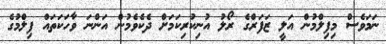
ނަމަވެސް މިފިލްމުން އަލީ ޒަފަރްގެ ރޯލު އުނިކުރިކަމަށް ދެކެވެމުން އަންނަ ވާހަކަތައް ފިލްމުގެ